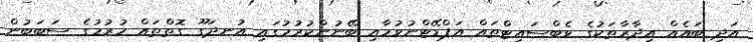
އަދި ބައެއް އިދާރާތަކުގެ ވެބްސައިޓްތައް އަޕްޑޭޓްނުވުމާއި ބޭނުންކުރުމުގައި އުނދަގޫ ގޮތްތައް ހުރުމުގެ ސަބަބުން